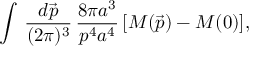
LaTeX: \int \, \frac { d \vec { p } } { ( 2 \pi ) ^ { 3 } } \, \frac { 8 \pi a ^ { 3 } } { p ^ { 4 } a ^ { 4 } } \, [ M ( \vec { p } ) - M ( 0 ) ] ,